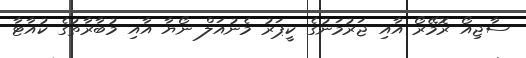
ސާޖިއޯ ރޮމޭރޯ އާއި ޖަރުމަނުގެ ކީޕަރު މެނުއަލް ނޯޔާ އާއި މުބާރާތުގެ ކުއާޓާ